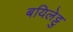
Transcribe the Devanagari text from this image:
बयिलेट्टु